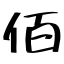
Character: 佰